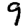
Digit: 9